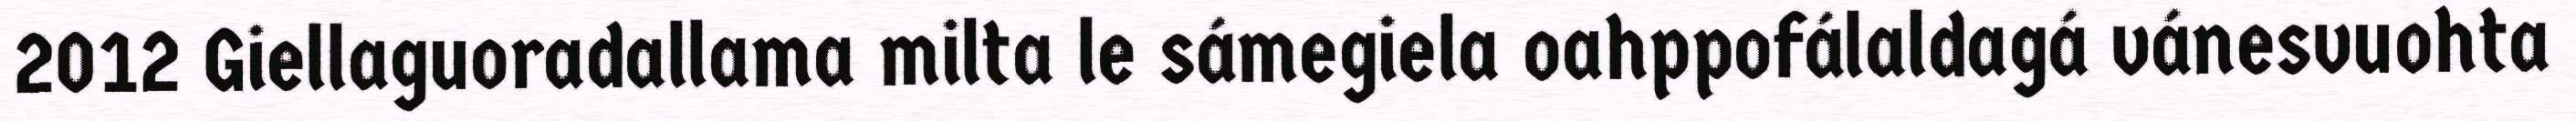
2012 Giellaguoradallama milta le sámegiela oahppofálaldagá vánesvuohta